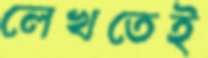
লেখতেই